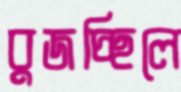
বুজচ্ছিলে